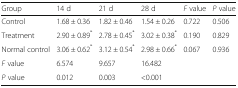
<table><thead><tr><td><b>Group</b></td><td><b>14 d</b></td><td><b>21 d</b></td><td><b>28 d</b></td><td><b><i>F</i> value</b></td><td><b><i>P</i> value</b></td></tr></thead><tbody><tr><td>Control</td><td>1.68 ± 0.36</td><td>1.82 ± 0.46</td><td>1.54 ± 0.26</td><td>0.722</td><td>0.506</td></tr><tr><td>Treatment</td><td>2.90 ± 0.89<sup>*</sup></td><td>2.78 ± 0.45<sup>*</sup></td><td>3.02 ± 0.38<sup>*</sup></td><td>0.190</td><td>0.829</td></tr><tr><td>Normal control</td><td>3.06 ± 0.62<sup>*</sup></td><td>3.12 ± 0.54<sup>*</sup></td><td>2.98 ± 0.66<sup>*</sup></td><td>0.067</td><td>0.936</td></tr><tr><td><i>F</i> value</td><td>6.574</td><td>9.657</td><td>16.482</td><td></td><td></td></tr><tr><td><i>P</i> value</td><td>0.012</td><td>0.003</td><td>&lt;0.001</td><td></td><td></td></tr></tbody></table>